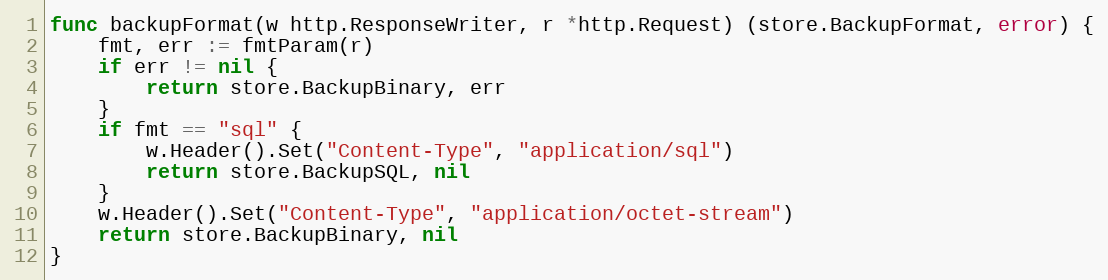
Language: Go
func backupFormat(w http.ResponseWriter, r *http.Request) (store.BackupFormat, error) {
	fmt, err := fmtParam(r)
	if err != nil {
		return store.BackupBinary, err
	}
	if fmt == "sql" {
		w.Header().Set("Content-Type", "application/sql")
		return store.BackupSQL, nil
	}
	w.Header().Set("Content-Type", "application/octet-stream")
	return store.BackupBinary, nil
}